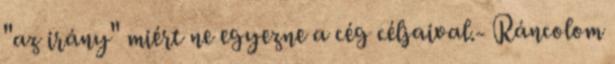
"az irány" miért ne egyezne a cég céljaival.- Ráncolom